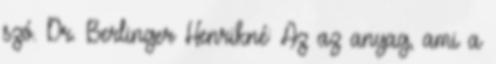
szó. Dr. Berlinger Henrikné: Az az anyag, ami a